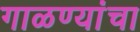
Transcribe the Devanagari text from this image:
गाळण्यांचा